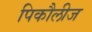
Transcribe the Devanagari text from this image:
पिकौलीज